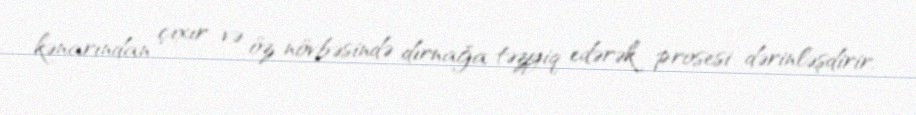
kənarından çıxır və öz növbəsində dırnağa təzyiq edərək prosesi dərinləşdirir,